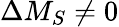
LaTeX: \Delta M_{S}\neq 0